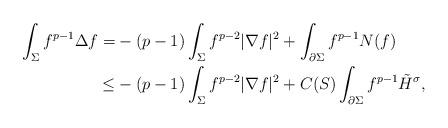
LaTeX: \begin{align*}\int_\Sigma f^{p-1} \Delta f =& -(p-1) \int_\Sigma f^{p-2} |\nabla f|^2 +\int_{\partial \Sigma} f^{p-1} N(f) \\\leq & -(p-1) \int_\Sigma f^{p-2} |\nabla f|^2 + C(S)\int_{\partial \Sigma} f^{p-1} \tilde{H}^\sigma,\end{align*}